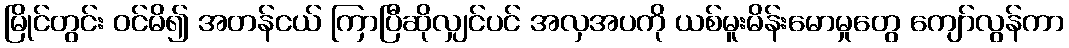
မြိုင်တွင်း ဝင်မိ၍ အတန်ငယ် ကြာပြီဆိုလျှင်ပင် အလှအပကို ယစ်မူးမိန်းမောမှုတွေ ကျော်လွန်ကာ